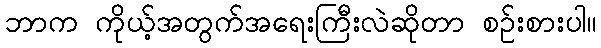
ဘာက ကိုယ့်အတွက်အရေးကြီးလဲဆိုတာ စဉ်းစားပါ။